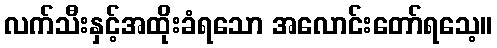
လက်သီးနှင့်အထိုးခံရသော အလောင်းတော်ရသေ့။